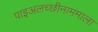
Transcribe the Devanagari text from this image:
पाइअलच्छीनाममाला